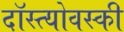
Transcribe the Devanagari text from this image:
दॉस्त्योवस्की